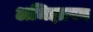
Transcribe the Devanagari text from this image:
अभिज्ञापन